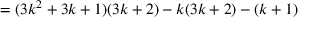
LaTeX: = ( 3 k ^ { 2 } + 3 k + 1 ) ( 3 k + 2 ) - k ( 3 k + 2 ) - ( k + 1 )